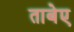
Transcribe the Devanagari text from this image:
ताबेए